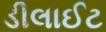
ડીલાઈટ